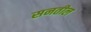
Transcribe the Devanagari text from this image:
सनतील